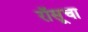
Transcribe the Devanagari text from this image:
रॉसूचा